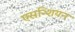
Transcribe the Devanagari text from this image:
एसन्शियन